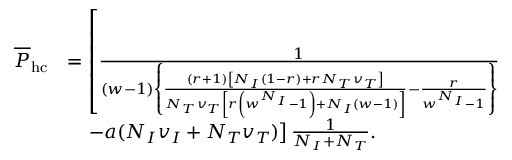
\begin{array} { r l } { \overline { { P } } _ { \mathrm { h c } } } & { = \left[ \frac { 1 } { ( w - 1 ) \left\{ \frac { ( r + 1 ) \left[ N _ { I } ( 1 - r ) + r N _ { T } v _ { T } \right] } { N _ { T } v _ { T } \left[ r \left( w ^ { N _ { I } } - 1 \right) + N _ { I } ( w - 1 ) \right] } - \frac { r } { w ^ { N _ { I } } - 1 } \right\} } \right. } \\ & { \quad \left. - a ( N _ { I } v _ { I } + N _ { T } v _ { T } ) \right] \frac { 1 } { N _ { I } + N _ { T } } . } \end{array}